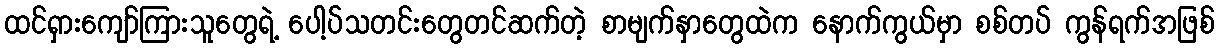
ထင်ရှားကျော်ကြားသူတွေရဲ့ ပေါ့ပ်သတင်းတွေတင်ဆက်တဲ့ စာမျက်နှာတွေထဲက နောက်ကွယ်မှာ စစ်တပ် ကွန်ရက်အဖြစ်